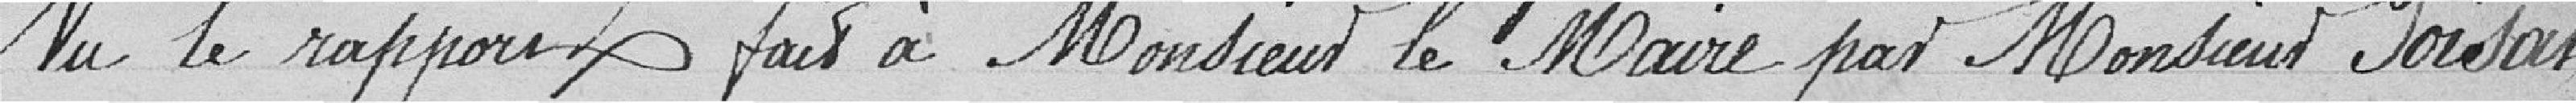
Vu le rapport fait à Monsieur le Maire par Monsieur Poisan